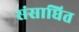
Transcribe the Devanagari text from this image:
संसाघित